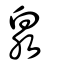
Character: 泉